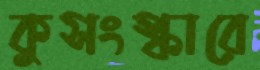
কুসংস্কারে